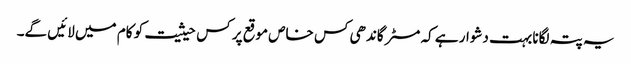
یہ پتہ لگانا بہت دشوار ہے کہ مسٹر گاندھی کس خاص موقع پر کس حیثیت کو کام میں لائیں گے۔